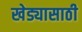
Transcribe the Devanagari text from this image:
खेड्यासाठी